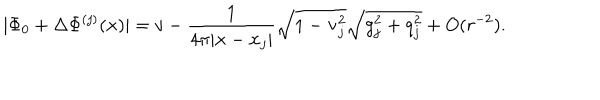
| \Phi _ { 0 } + \Delta \Phi ^ { ( j ) } ( { \bf x } ) | = v - \frac { 1 } { 4 \pi | { \bf x } - { \bf x } _ { j } | } \sqrt { 1 - { \bf v } _ { j } ^ { 2 } } \sqrt { g _ { j } ^ { 2 } + q _ { j } ^ { 2 } } + O ( r ^ { - 2 } ) .